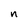
Character: n